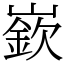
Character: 嶔